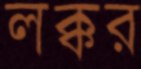
লক্কর